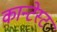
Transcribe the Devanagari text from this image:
कान्टेस्ट